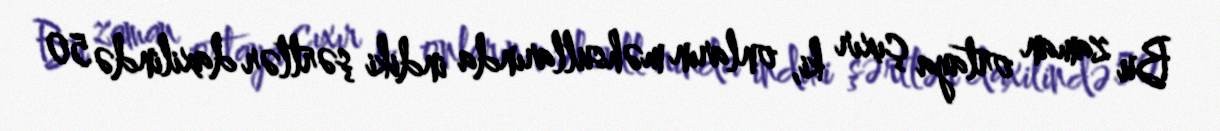
Bu zaman ortaya çıxır ki, onların məhsullarında indiki şərtlər daxilində 50